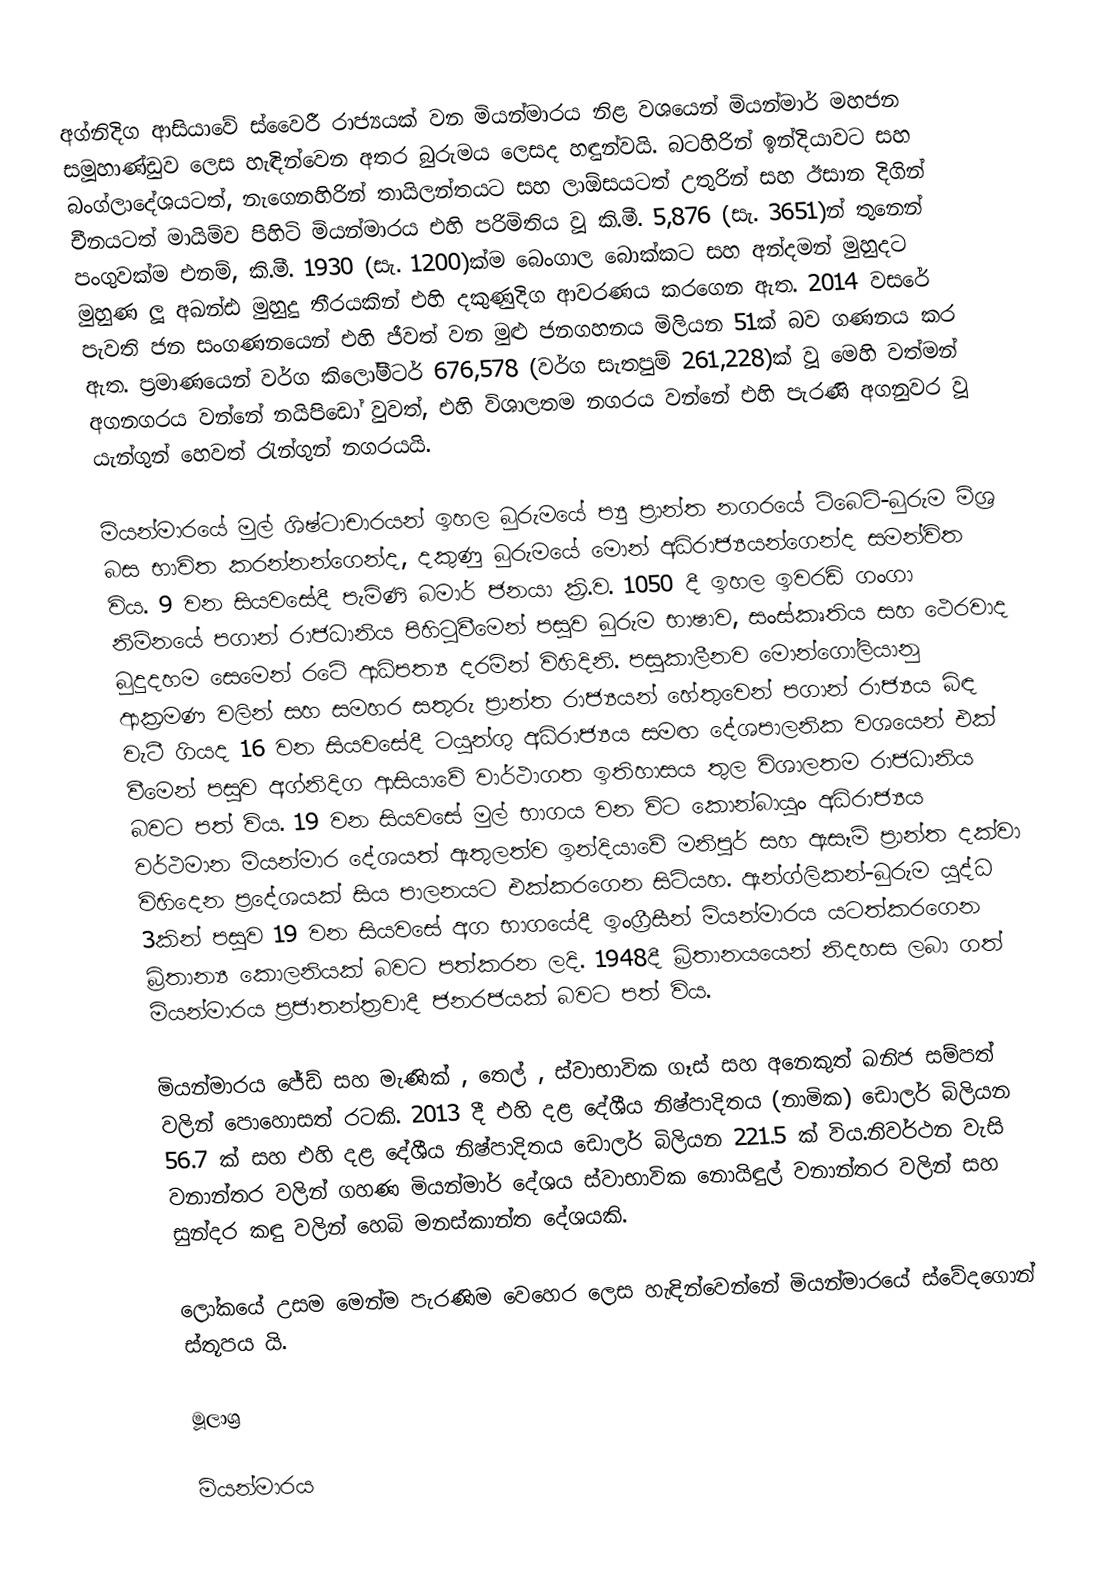
අග්නිදිග ආසියාවේ ස්වෛරී රාජ්‍යයක් වන මියන්මාරය නිළ වශයෙන් මියන්මාර් මහජන සමූහාණ්ඩුව ලෙස හැඳින්වෙන අතර බුරුමය ලෙසද හඳුන්වයි. බටහිරින් ඉන්දියාවට සහ බංග්ලාදේශයටත්, නැගෙනහිරින් තායිලන්තයට සහ ලාඕසයටත් උතුරින් සහ ඊසාන දිගින් චීනයටත් මායිම්ව පිහිටි මියන්මාරය එහි පරිමිතිය වූ කි.මී. 5,876 (සැ. 3651)න් තුනෙන් පංගුවක්ම එනම්, කි.මී. 1930 (සැ. 1200)ක්ම බෙංගාල බොක්කට සහ අන්දමන් මුහුදට මුහුණ ලූ අඛන්ඪ මුහුදු තීරයකින් එහි දකුණුදිග ආවරණය කරගෙන ඇත. 2014 වසරේ පැවති ජන සංගණනයෙන් එහි ජීවත් වන මුළු ජනගහනය මිලියන 51ක් බව ගණනය කර ඇත. ප්‍රමාණයෙන් වර්ග කිලෝමීටර් 676,578 (වර්ග සැතපුම් 261,228)ක් වූ මෙහි වත්මන් අගනගරය වන්නේ නයිපිඩෝ වුවත්, එහි විශාලතම නගරය වන්නේ එහි පැරණි අගනුවර වූ යැන්ගුන් හෙවත් ‍රැන්ගුන් නගරයයි.

මියන්මාරයේ මුල් ශිෂ්ටාචාරයන් ඉහල බුරුමයේ ප්‍යු ප්‍රාන්ත නගරයේ ටිබෙට්-බුරුම මිශ්‍ර බස භාවිත කරන්නන්ගෙන්ද, දකුණු බුරුමයේ මොන් අධිරාජ්‍යයන්ගෙන්ද සමන්විත විය. 9 වන සියවසේදී පැමිණි බමාර් ජනයා ක්‍රි.ව. 1050 දී ඉහල ඉවරඩි ගංගා නිම්නයේ පගාන් රාජධානිය පිහි‍ටුවීමෙන් පසුව බුරුම භාෂාව, සංස්කෘතිය සහ ථෙරවාද බුදුදහම සෙමෙන් රටේ ආධිපත්‍ය දරමින් විහිදිනි. පසුකාලීනව මොන්ගෝලියානු ආක්‍රමණ වලින් සහ සමහර සතුරු ප්‍රාන්ත රාජ්‍යයන් හේතුවෙන් පගාන් රාජ්‍යය බිඳ වැටී ගියද 16 වන සියවසේදී ටයුන්ගු අධිරාජ්‍යය සමඟ දේශපාලනික වශයෙන් එක් වීමෙන් පසුව අග්නිදිග ආසියාවේ වාර්ථාගත ඉතිහාසය තුල විශාලතම රාජධානිය බවට පත් විය. 19 වන සියවසේ මුල් භාගය වන විට කොන්බායුං අධිරාජ්‍යය වර්ථමාන මියන්මාර දේශයත් ඇතුලත්ව ඉන්දියාවේ මනිපූර් සහ ඇසෑම් ප්‍රාන්ත දක්වා විහිදෙන ප්‍රදේශයක් සිය පාලනයට එක්කරගෙන සිටියහ. ඇන්ග්ලිකන්-බුරුම යුද්ධ 3කින් පසුව 19 වන සියවසේ අග භාගයේදී ඉංග්‍රීසීන් මියන්මාරය යටත්කරගෙන බ්‍රිතාන්‍ය කොලනියක් බවට පත්කරන ලදි. 1948දී බ්‍රිතානයයෙන් නිදහස ලබා ගත් මියන්මාරය ප්‍රජාතන්ත්‍රවාදී ජනරජයක් බවට පත් විය.

මියන්මාරය ජේඩ් සහ මැණික් , තෙල් , ස්වාභාවික ගෑස් සහ අනෙකුත් ඛනිජ සම්පත් වලින් පොහොසත් රටකි. 2013 දී එහි දළ දේශීය නිෂ්පාදිතය (නාමික) ඩොලර් බිලියන 56.7 ක් සහ එහි දළ දේශීය නිෂ්පාදිතය ඩොලර් බිලියන 221.5 ක් විය.නිවර්ථන වැසි වනාන්තර වලින් ගහණ මියන්මාර් දේශය ස්වාභාවික නොයිඳුල් වනාන්තර වලින් සහ සුන්දර කඳු වලින් හෙබි මනස්කාන්ත දේශයකි.

ලෝකයේ උසම මෙන්ම පැරණිම වෙහෙර ලෙස හැඳින්වෙන්නේ මියන්මාරයේ ස්වේදගොන් ස්තූපය යි.

මූලාශ්‍ර

මියන්මාරය